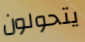
يتحولون